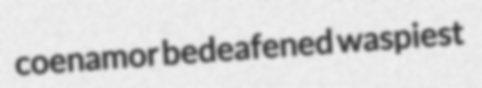
coenamor bedeafened waspiest